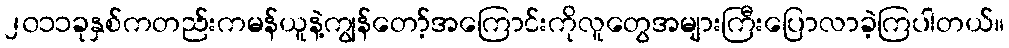
၂၀၁၁ခုနှစ်ကတည်းကမန်ယူနဲ့ကျွန်တော့်အကြောင်းကိုလူတွေအများကြီးပြောလာခဲ့ကြပါတယ်။